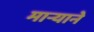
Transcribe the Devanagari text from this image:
मार्‍याने